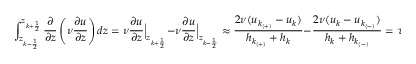
\int _ { z _ { k - \frac { 1 } { 2 } } } ^ { z _ { k + \frac { 1 } { 2 } } } \frac { \partial } { \partial z } \left( \nu \frac { \partial u } { \partial z } \right) d z = \nu \frac { \partial u } { \partial z } \Big | _ { z _ { k + \frac { 1 } { 2 } } } - \nu \frac { \partial u } { \partial z } \Big | _ { z _ { k - \frac { 1 } { 2 } } } \approx \frac { 2 \nu ( u _ { k _ { ( + ) } } - u _ { k } ) } { h _ { k _ { ( + ) } } + h _ { k } } - \frac { 2 \nu ( u _ { k } - u _ { k _ { ( - ) } } ) } { h _ { k } + h _ { k _ { ( - ) } } } = \tau _ { k + \frac { 1 } { 2 } } - \tau _ { k - \frac { 1 } { 2 } }